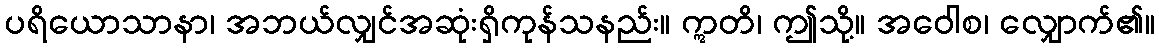
ပရိယောသာနာ၊ အဘယ်လျှင်အဆုံးရှိကုန်သနည်း။ ဣတိ၊ ဤသို့။ အဝေါစ၊ လျှောက်၏။